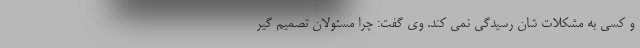
و کسی به مشکلات شان رسیدگی نمی کند. وی گفت: چرا مسئولان تصمیم گیر